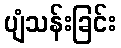
ပျံသန်းခြင်း